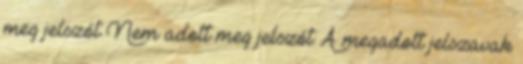
meg jelszót Nem adott meg jelszót A megadott jelszavak